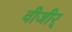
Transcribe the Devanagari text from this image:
वीजीर्